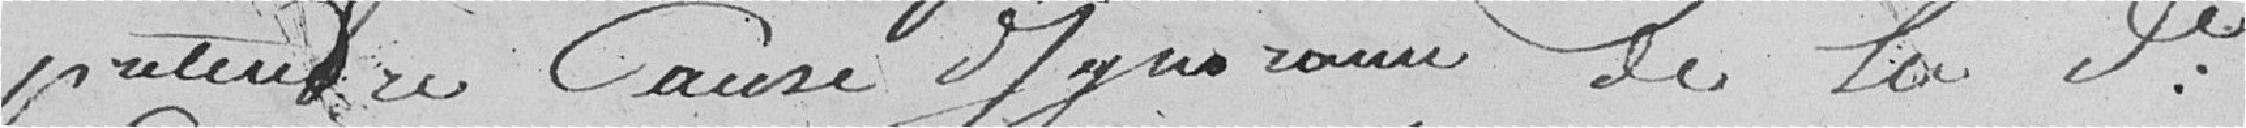
prétendre        de la dite